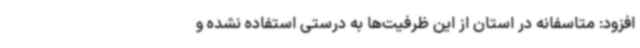
افزود: متاسفانه در استان از این ظرفیت‌ها به درستی استفاده نشده و